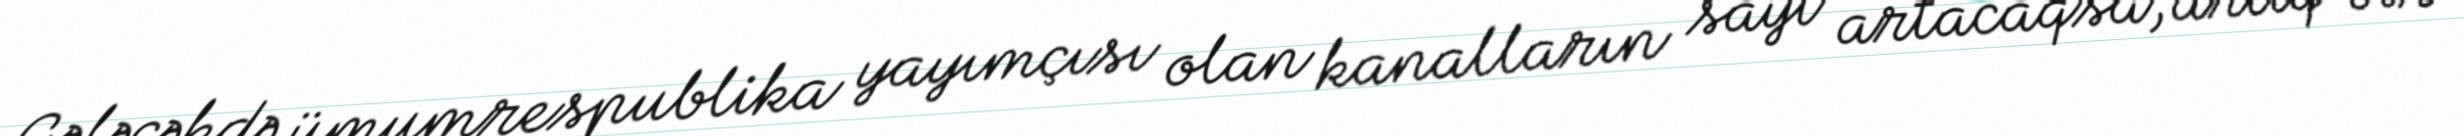
Gələcəkdə ümumrespublika yayımçısı olan kanalların sayı artacaqsa, artıq bir